Problem: 87 + 40 = ?
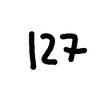
Handwritten answer: 127